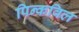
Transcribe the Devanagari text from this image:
पिन्कविल